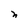
Character: n